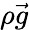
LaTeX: \rho\vec{g}